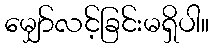
မျှော်လင့်ခြင်းမရှိပါ။